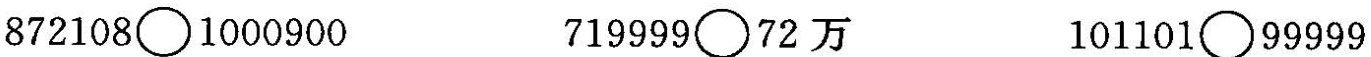
$$8 7 2 1 0 8 〇 1 0 0 0 9 0 0$$ $$7 1 9 9 9 9 〇 7 2万$$ $$1 0 1 1 0 1 〇 9 9 9 9 9$$